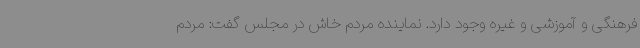
فرهنگی و آموزشی و غیره وجود دارد. نماینده مردم خاش در مجلس گفت: مردم